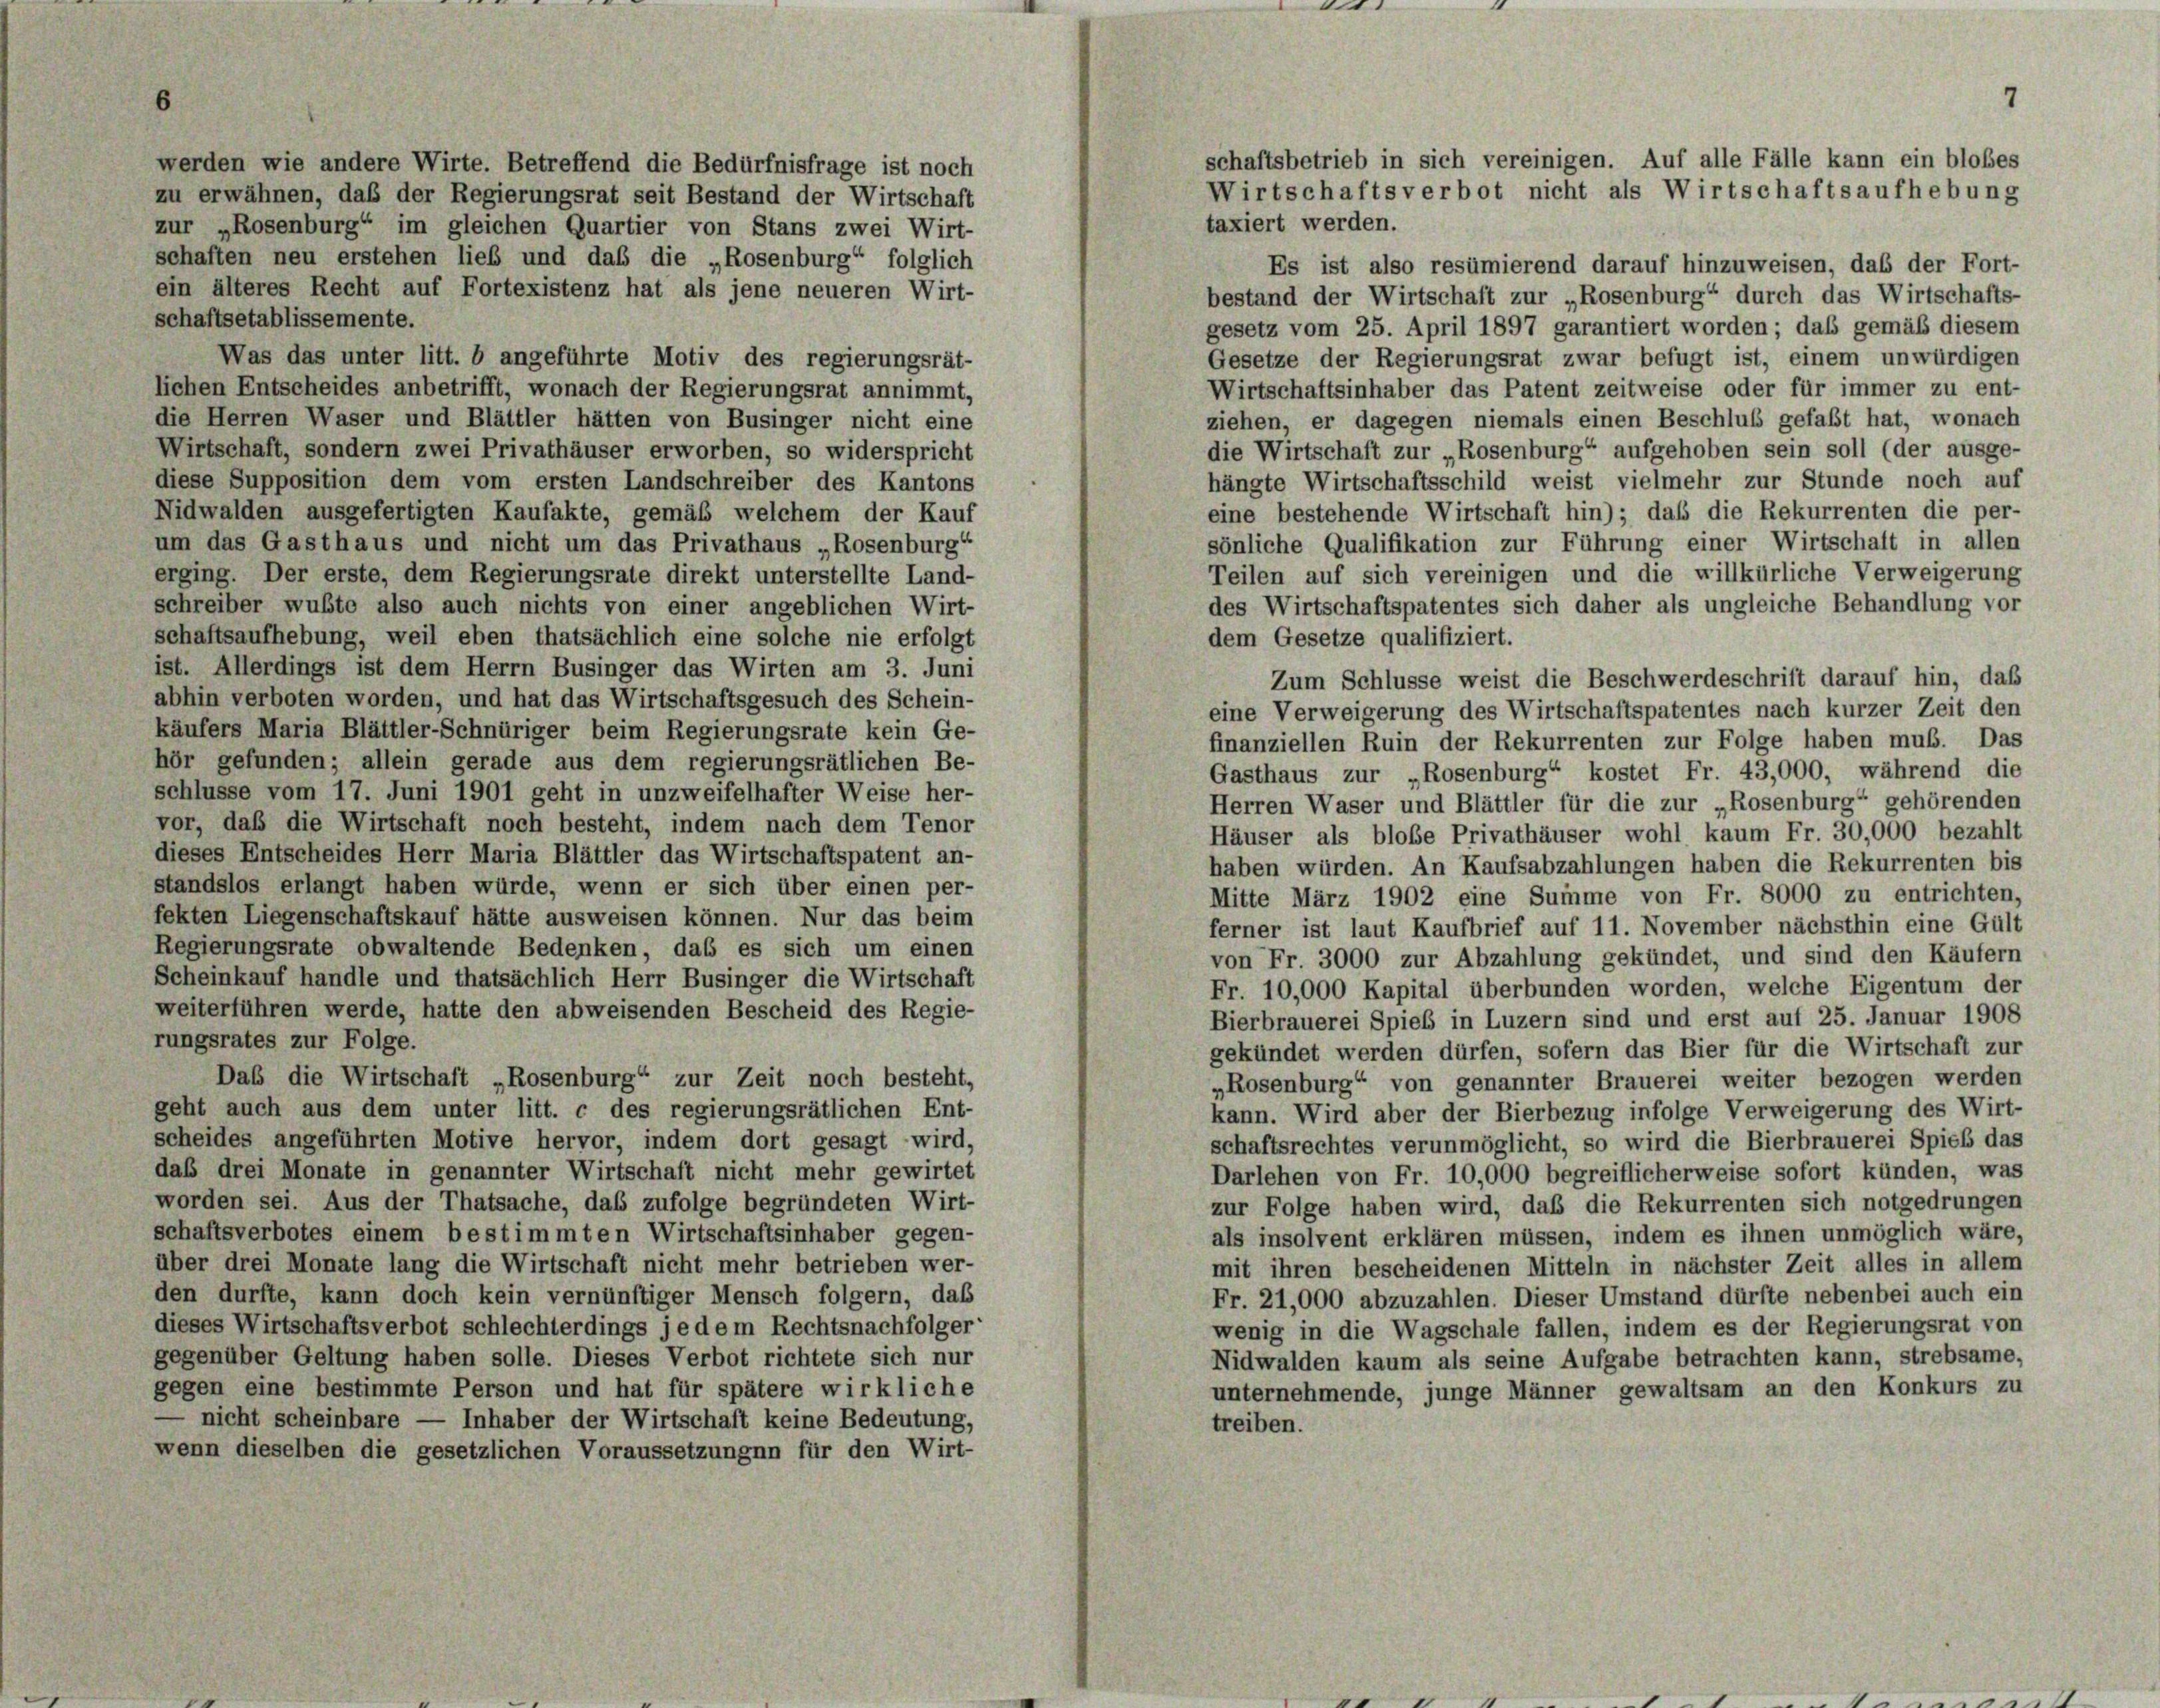
werden wie andere Wirte. Betreffend die Bedürfnisfrage ist noch
zu erwähnen, daß der Regierungsrat seit Bestand der Wirtschaft
zur „Rosenburg“ im gleichen Quartier von Stans zwei Wirt-
schaften neu erstehen lieb und daß die „Rosenburg“ folglich
in älteres Recht auf Fortexistenz hat als jene neueren Wirt-
bestand der Wirtschaft zur „Rosenburg“ durch das Wirtschafts-
schaftsetablissemente.
gesetz vom 25. April 1897 garantiert worden; das gemäß diesem
Was das unter litt. b angeführte Motiv des regierungsrät-
Gesetze der Regierungsrat zwar befugt ist, einem unwürdigen
ichen Entscheides anbetrifft, wonach der Regierungsrat annimmt,
Wirtschaftsinhaber das Patent zeitweise oder für immer zu ent-
lie Herren Waser und Blättler hätten von Businger nicht eine
ziehen, er dagegen niemals einen Beschluß gefaßt hat, wonach
die Wirtschaft zur „Rosenburg“ aufgehoben sein soll (der ausge-
Wirtschaft, sondern zwei Privathäuser erworben, so widerspricht
hängte Wirtschaftsschild weist vielmehr zur Stunde noch auf
liese Supposition dem vom ersten Landschreiber des Kantons
eine bestehende Wirtschaft hin); daß die Rekurrenten die per-
Nidwalden ausgefertigten Kaufakte, gemäß welchem der Kauf
um das Gasthaus und nicht um das Privathaus „Rosenburg“
sönliche Qualifikation zur Führung einer Wirtschaft in allen
Teilen auf sich vereinigen und die willkürliche Verweigerung
erging. Der erste, dem Regierungsrate direkt unterstellte Land-
des Wirtschaftspatentes sich daher als ungleiche Behandlung vor
schreiber wußte also auch nichts von einer angeblichen Wirt-
schaftsaufhebung, weil eben thatsächlich eine solche nie erfolgt
dem Gesetze qualifiziert.
ist. Allerdings ist dem Herrn Businger das Wirten am 3. Juni
Zum Schlüsse weist die Beschwerdeschrift darauf hin, daß
abhin verboten worden, und hat das Wirtschaftsgesuch des Schein-
eine Verweigerung des Wirtschaftspatentes nach kurzer Zeit den
käufers Maria Blättler-Schnüriger beim Regierungsrate kein Ge-
finanziellen Ruin der Rekurrenten zur Folge haben muß. Das
hör gefunden; allein gerade aus dem regierungsrätlichen Be-
Gasthaus zur „Rosenburg“ kostet Fr. 43,000, während die
schlüsse vom 17. Juni 1901 geht in unzweifelhafter Weise her-
Herren Waser und Blättler für die zur „Rosenburg“ gehörenden
vor, daß die Wirtschaft noch besteht, indem nach dem Tenor
Häuser als bloße Privathäuser wohl kaum Fr. 30,000 bezahlt
dieses Entscheides Herr Maria Blättler das Wirtschaftspatent an-
haben würden. An Kaufsabzahlungen haben die Rekurrenten bis
standslos erlangt haben würde, wenn er sich über einen per-
Mitte März 1902 eine Summe von Fr. 8000 zu entrichten,
fekten Liegenschaftskauf hätte ausweisen können. Nur das beim
ferner ist laut Kaufbrief auf 11. November nächsthin eine Gült
Regierungsrate obwaltende Bedenken, das es sich um einen
von Fr. 3000 zur Abzahlung gekündet, und sind den Käufern
Scheinkauf handle und thatsächlich Herr Businger die Wirtschaft
Fr. 10,000 Kapital überbunden worden, welche Eigentum der
weiterführen werde, hatte den abweisenden Bescheid des Regie-
Bierbrauerei Spieß in Luzern sind und erst auf 25. Januar 1908
rungsrates zur Folge.
gekündet werden dürfen, sofern das Bier für die Wirtschaft zur
Daß die Wirtschaft „Rosenburg“ zur Zeit noch besteht,
„Rosenburg“ von genannter Brauerei weiter bezogen werden
geht auch aus dem unter litt. c des regierungsrätlichen Ent-
kann. Wird aber der Bierbezug infolge Verweigerung des Wirt-
scheides angeführten Motive hervor, indem dort gesagt wird,
schaftsrechtes verunmöglicht, so wird die Bierbrauerei Spieß das
daß drei Monate in genannter Wirtschaft nicht mehr gewirtet
Darlehen von Fr. 10,000 begreiflicherweise sofort künden, was
worden sei. Aus der Thatsache, daß zufolge begründeten Wirt-
zur Folge haben wird, daß die Rekurrenten sich notgedrungen
schaftsverbotes einem bestimmten Wirtschaftsinhaber gegen-
als insolvent erklären müssen, indem es ihnen unmöglich wäre,
ber drei Monate lang die Wirtschaft nicht mehr betrieben wer-
mit ihren bescheidenen Mitteln in nächster Zeit alles in allem
den durfte, kann doch kein vernünftiger Mensch folgern, daß
Fr. 21,000 abzuzahlen. Dieser Umstand dürfte nebenbei auch ein
dieses Wirtschaftsverbot schlechterdings jedem Rechtsnachfolger
wenig in die Wagschale fallen, indem es der Regierungsrat von
gegenüber Geltung haben solle. Dieses Verbot richtete sich nur
Nidwalden kaum als seine Aufgabe betrachten kann, strebsame,
gegen eine bestimmte Person und hat für spätere wirkliche
unternehmende, junge Männer gewaltsam an den Konkurs zu
nicht scheinbare — Inhaber der Wirtschaft keine Bedeutung,
treiben.
wenn dieselben die gesetzlichen Voraussetzungen für den Wirt-

schaftsbetrieb in sich vereinigen. Auf alle Fälle kann ein bloßes
Wirtschaftsverbot nicht als Wirtschaftsaufhebung
taxiert werden.
Es ist also resümierend darauf hinzuweisen, das der Fort-